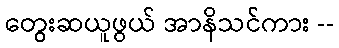
တွေးဆယူဖွယ် အာနိသင်ကား --